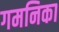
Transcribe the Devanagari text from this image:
गमनिका